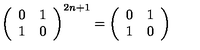
\left( \begin{array} { c c } { 0 } & { 1 } \\ { 1 } & { 0 } \\ \end{array} \right) ^ { 2 n + 1 } = \left( \begin{array} { c c } { 0 } & { 1 } \\ { 1 } & { 0 } \\ \end{array} \right)